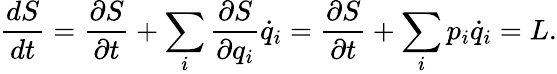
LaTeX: {\frac{dS}{dt}}={\frac{\partial S}{\partial t}}+\sum_{i}{\frac{\partial S}{\partial q_{i}}}{\dot{q}}_{i}={\frac{\partial S}{\partial t}}+\sum_{i}p_{i}{\dot{q}}_{i}=L.